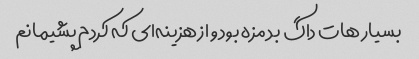
بسیار هات داگ بد مزه بود و از هزینه‌ای که کردم پشیمانم